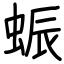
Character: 蜄